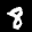
Digit: 8